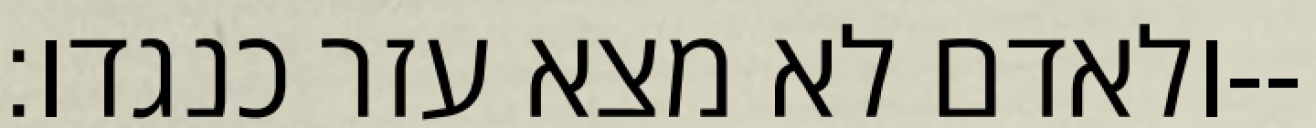
ולאדם לא מצא עזר כנגדו׃--